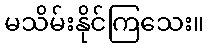
မသိမ်းနိုင်ကြသေး။